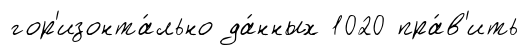
гор'изонта́льно да́нных 1020 пра́в'ить